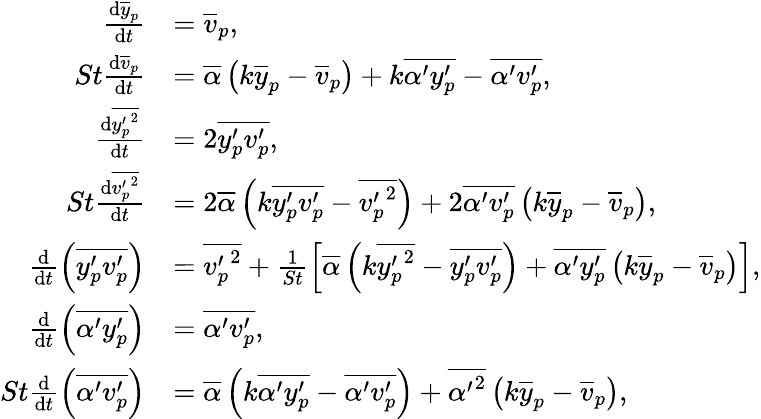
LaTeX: \begin{array}{rl}{\frac{\mathrm{d}\overline{{y}}_{p}}{\mathrm{d}t}}&{=\overline{{v}}_{p},}\\ {St\frac{\mathrm{d}\overline{{v}}_{p}}{\mathrm{d}t}}&{=\overline{{\alpha}}\left(k\overline{{y}}_{p}-\overline{{v}}_{p}\right)+k\overline{{\alpha^{\prime}y_{p}^{\prime}}}-\overline{{\alpha^{\prime}v_{p}^{\prime}}},}\\ {\frac{\mathrm{d}\overline{{{y_{p}^{\prime}}^{2}}}}{\mathrm{d}t}}&{=2\overline{{y_{p}^{\prime}v_{p}^{\prime}}},}\\ {St\frac{\mathrm{d}\overline{{{v_{p}^{\prime}}^{2}}}}{\mathrm{d}t}}&{=2\overline{{\alpha}}\left(k\overline{{y_{p}^{\prime}v_{p}^{\prime}}}-\overline{{{v_{p}^{\prime}}^{2}}}\right)+2\overline{{\alpha^{\prime}v_{p}^{\prime}}}\left(k\overline{{y}}_{p}-\overline{{v}}_{p}\right),}\\ {\frac{\mathrm{d}}{\mathrm{d}t}\left(\overline{{y_{p}^{\prime}v_{p}^{\prime}}}\right)}&{=\overline{{{v_{p}^{\prime}}^{2}}}+\frac{1}{St}\left[\overline{{\alpha}}\left(k\overline{{{y_{p}^{\prime}}^{2}}}-\overline{{y_{p}^{\prime}v_{p}^{\prime}}}\right)+\overline{{\alpha^{\prime}y_{p}^{\prime}}}\left(k\overline{{y}}_{p}-\overline{{v}}_{p}\right)\right],}\\ {\frac{\mathrm{d}}{\mathrm{d}t}\left(\overline{{\alpha^{\prime}y_{p}^{\prime}}}\right)}&{=\overline{{\alpha^{\prime}v_{p}^{\prime}}},}\\ {St\frac{\mathrm{d}}{\mathrm{d}t}\left(\overline{{\alpha^{\prime}v_{p}^{\prime}}}\right)}&{=\overline{{\alpha}}\left(k\overline{{\alpha^{\prime}y_{p}^{\prime}}}-\overline{{\alpha^{\prime}v_{p}^{\prime}}}\right)+\overline{{{\alpha^{\prime}}^{2}}}\left(k\overline{{y}}_{p}-\overline{{v}}_{p}\right),}\end{array}